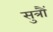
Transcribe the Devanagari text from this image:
सुत्रौं